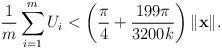
LaTeX: \begin{align*}\frac{1}{m}\sum_{i=1}^m U_i < \left(\frac{\pi}{4}+\frac{199\pi}{3200k}\right)\|\mathbf{x}\| .\end{align*}